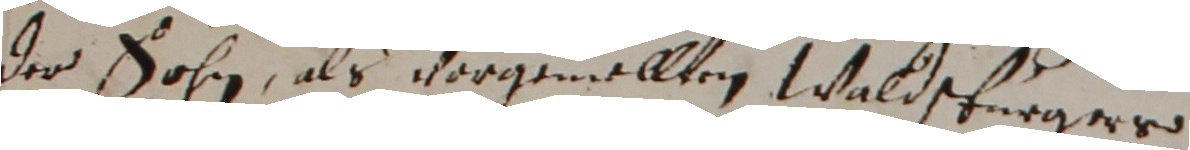
der sohn, als vorgemellten Waldpfurgere